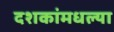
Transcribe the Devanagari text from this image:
दशकांमधल्या